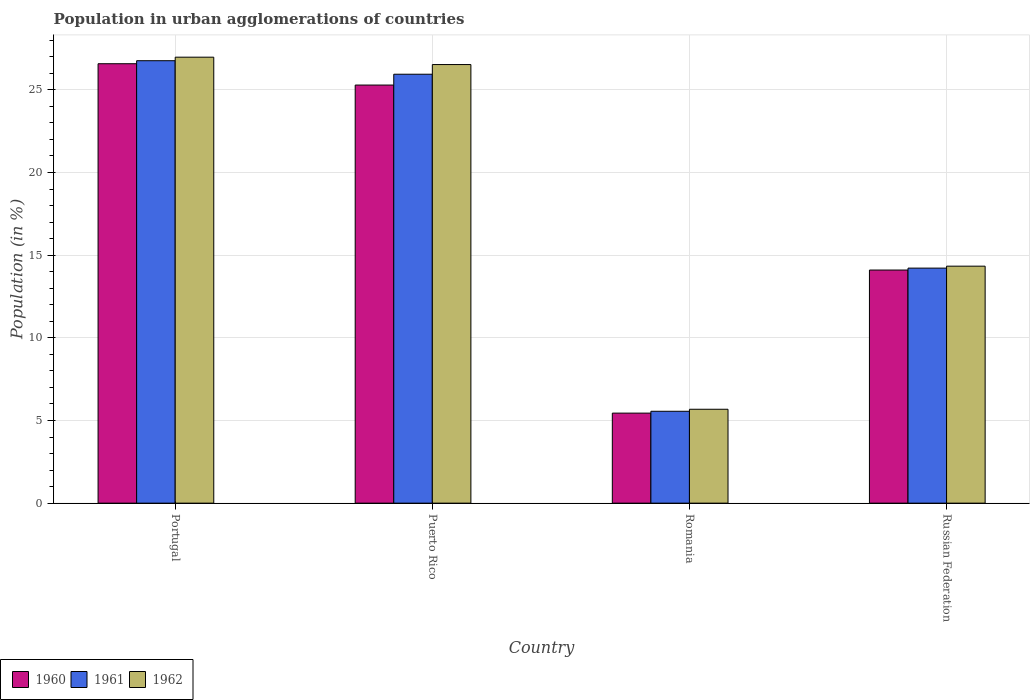
| Country | 1960 | 1961 | 1962 |
 | --- | --- | --- | --- |
 | Portugal | 26.6 | 26.8 | 27 |
 | Puerto Rico | 25.3 | 25.9 | 26.5 |
 | Romania | 5.45 | 5.56 | 5.68 |
 | Russian Federation | 14.1 | 14.2 | 14.3 |